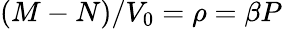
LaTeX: (M-N)/V_{0}=\rho=\beta P